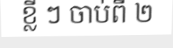
ខ្លី ៗ ចាប់ពី ២